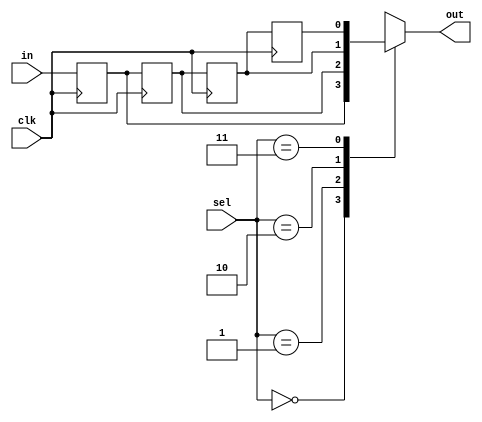
//#############################################################################
//# Function: Delays input signal by N clock cycles                           #
//#############################################################################
//# Author:   Andreas Olofsson                                                #
//# License:  MIT (see LICENSE file in OH! repository)                        #
//#############################################################################

module oh_delay
  #(parameter N        = 1,               // width of data
    parameter MAXDELAY = 4,               // maximum delay cycles
    parameter M        = $clog2(MAXDELAY) // delay selctor
    )
   (
    input 	   clk, //clock input
    input [N-1:0]  in, // input vector
    input [M-1:0]  sel, // delay selector
    output [N-1:0] out  // output vector
    );


   //Delay pipeline
   reg [N-1:0]     sync_pipe[MAXDELAY-1:0];
   genvar 	    i;
   generate
      always @ (posedge clk)
	sync_pipe[0]<=in[N-1:0];
      for(i=1;i<MAXDELAY;i=i+1) begin: gen_pipe
         always @ (posedge clk)
	   sync_pipe[i]<=sync_pipe[i-1];
      end
   endgenerate

   //Delay selector
   assign out[N-1:0] = sync_pipe[sel[M-1:0]];

endmodule